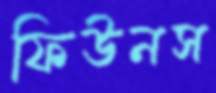
ফিউনস